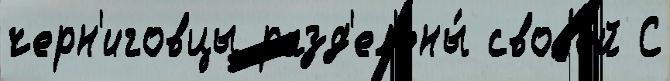
черн'иговцы разд'ел'ены́ своjе́й С